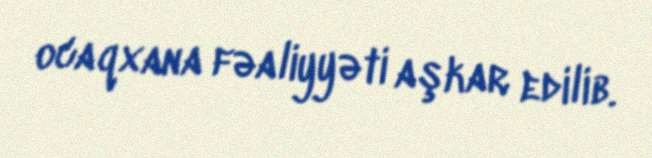
ocaqxana fəaliyyəti aşkar edilib.